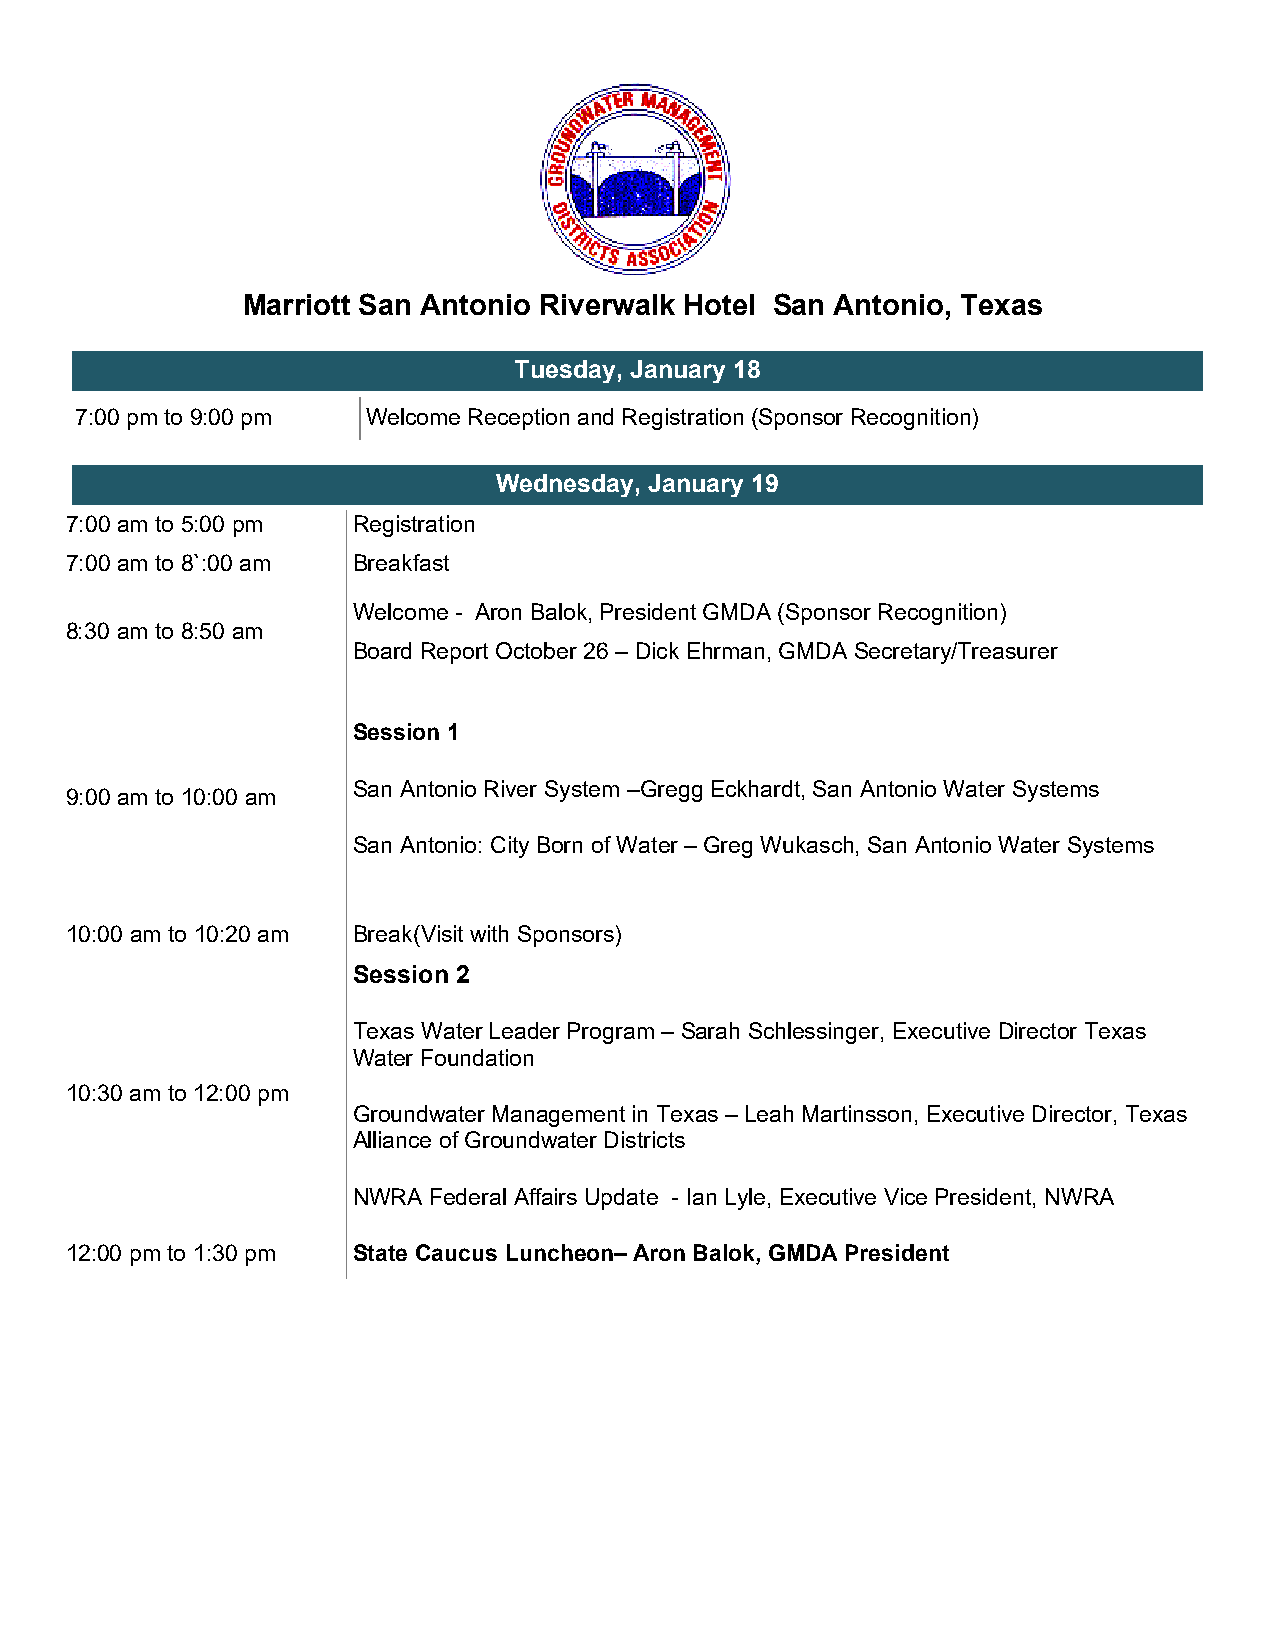
Marriott San Antonio Riverwalk Hotel San Antonio, Texas
 Tuesday, January 18
 7:00 pm to 9:00 pm Welcome Reception and Registration (Sponsor Recognition)
 Wednesday, January 19
 7:00 am to 5:00 pm Registration
 7:00 am to 8`:00 am Breakfast
 Welcome - Aron Balok, President GMDA (Sponsor Recognition)
 8:30 am to 8:50 am
 Board Report October 26 – Dick Ehrman, GMDA Secretary/Treasurer
 Session 1
 San Antonio River System –Gregg Eckhardt, San Antonio Water Systems
 9:00 am to 10:00 am
 San Antonio: City Born of Water – Greg Wukasch, San Antonio Water Systems
 10:00 am to 10:20 am Break(Visit with Sponsors)
 Session 2
 Texas Water Leader Program – Sarah Schlessinger, Executive Director Texas
 Water Foundation
 10:30 am to 12:00 pm
 Groundwater Management in Texas – Leah Martinsson, Executive Director, Texas
 Alliance of Groundwater Districts
 NWRA Federal Affairs Update - Ian Lyle, Executive Vice President, NWRA
 12:00 pm to 1:30 pm State Caucus Luncheon– Aron Balok, GMDA President